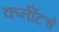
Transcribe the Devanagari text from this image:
कर्नॉटचे